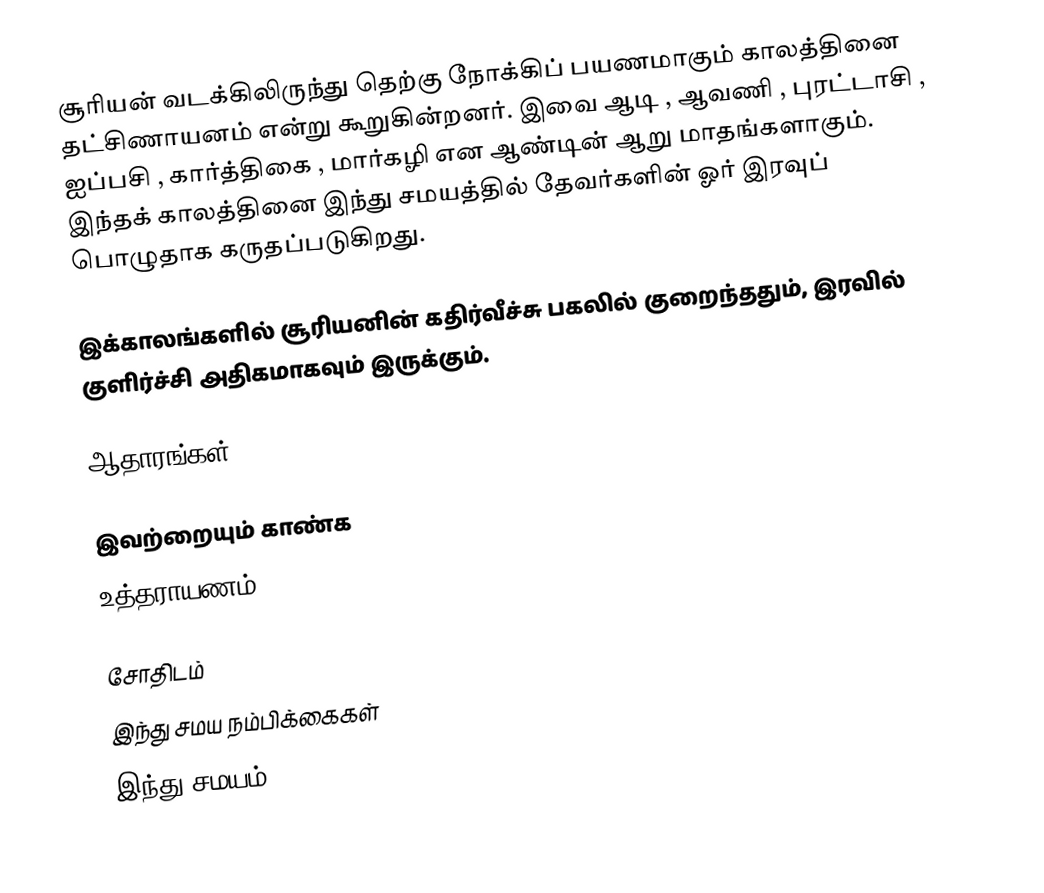
சூரியன் வடக்கிலிருந்து தெற்கு நோக்கிப் பயணமாகும் காலத்தினை தட்சிணாயனம் என்று கூறுகின்றனர். இவை ஆடி , ஆவணி , புரட்டாசி , ஐப்பசி , கார்த்திகை , மார்கழி என ஆண்டின் ஆறு மாதங்களாகும். இந்தக் காலத்தினை இந்து சமயத்தில் தேவர்களின் ஓர் இரவுப் பொழுதாக கருதப்படுகிறது.

இக்காலங்களில் சூரியனின் கதிர்வீச்சு பகலில் குறைந்ததும், இரவில் குளிர்ச்சி அதிகமாகவும் இருக்கும்.

ஆதாரங்கள்

இவற்றையும் காண்க
உத்தராயணம்

சோதிடம்
இந்து சமய நம்பிக்கைகள்
இந்து சமயம்